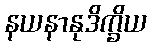
နယနာနုဒိက္ခိယ